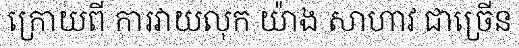
ក្រោយពី ការវាយលុក យ៉ាង សាហាវ ជាច្រើន